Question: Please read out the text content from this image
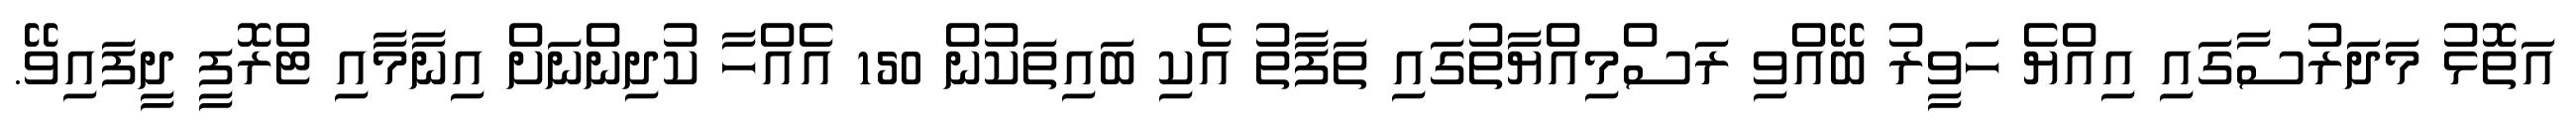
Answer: އަތޮޅު މަދަރުސާގައި އިއްޔެ ހަވީރު ބޭއްވި ރަސްމިއްޔާތުގައި ތަފާތު އެކި ބައިތަކުން 150 އެއްހާ ކުދިންނަށް އިނާމާއި ޓްރޮފީ ދީފައިވޭ.